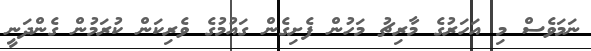
ނަމަވެސް މި އަހަރުގެ މާރިޗު މަހުން ފެށިގެން ގައުމުގެ ވެރިކަން ކުރަމުން ގެންދަނީ